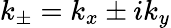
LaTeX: k_{\pm}=k_{x}\pm ik_{y}